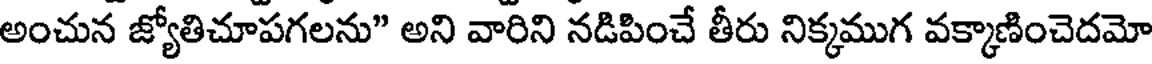
అంచున జ్యోతిచూపగలను" అని వారిని నడిపించే తీరు నిక్కముగ వక్కాణించెదమో